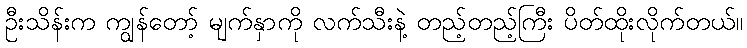
ဦးသိန်းက ကျွန်တော့် မျက်နှာကို လက်သီးနဲ့ တည့်တည့်ကြီး ပိတ်ထိုးလိုက်တယ်။